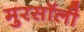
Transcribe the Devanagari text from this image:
मुरसॉली